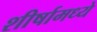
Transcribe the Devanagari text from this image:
शीर्षामध्ये